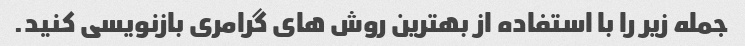
جمله زیر را با استفاده از بهترین روش های گرامری بازنویسی کنید.